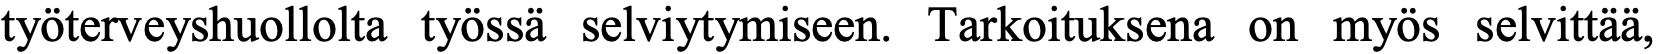
työterveyshuollolta työssä selviytymiseen. Tarkoituksena on myös selvittää,